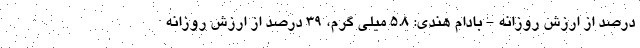
درصد از ارزش روزانه - بادام هندی: 5.8 میلی گرم، 39 درصد از ارزش روزانه